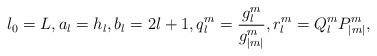
LaTeX: \begin{align*}l_0=L,a_l=h_l,b_l=2l+1,q_l^m=\frac{g_l^m}{g_{|m|}^m},r_l^m=Q_l^mP_{|m|}^m,\end{align*}